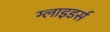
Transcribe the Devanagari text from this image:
ग्लाइडर्स